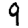
Digit: 9